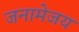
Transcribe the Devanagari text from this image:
जनामेजय